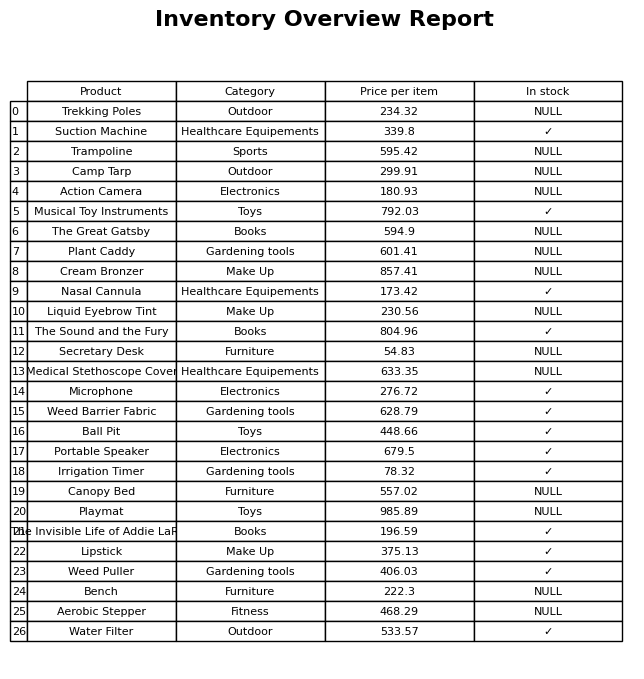
question: What is the price for Weed Puller?
answer: The price of Weed Puller is 406.03.